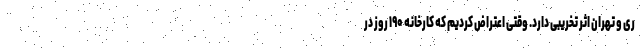
ری و تهران اثر تخریبی دارد. وقتی اعتراض کردیم که کارخانه ۱۹۰ روز در